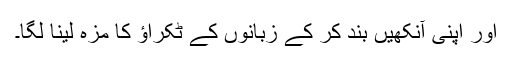
اور اپنی آنکھیں بند کر کے زبانوں کے ٹکراؤ کا مزہ لینا لگا۔